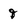
Character: q